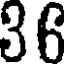
36